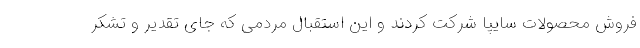
فروش محصولات سایپا شرکت کردند و این استقبال مردمی که جای تقدیر و تشکر